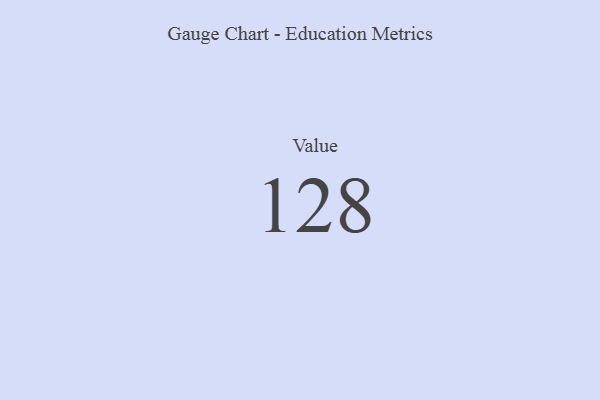
{"axis": {"x": "Metric", "y": "Value"}, "legend": [""], "data": [{"x": "Value", "y": 128, "type": ""}]}